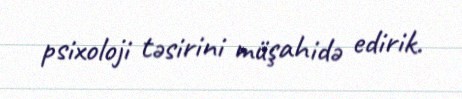
psixoloji təsirini müşahidə edirik.